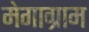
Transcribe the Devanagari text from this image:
मेगाग्राम